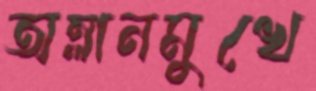
অম্লানমুখে